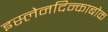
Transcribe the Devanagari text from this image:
इस्लेनदिन्काबोक